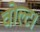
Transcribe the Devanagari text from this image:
वोल्ट।